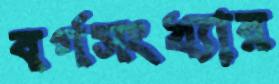
বর্গসংখ্যার